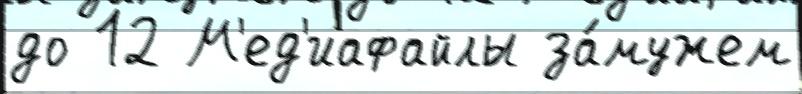
до 12 М'ед'иафайлы за́мужем